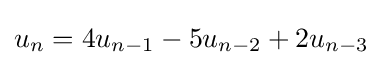
u_{n}=4u_{n-1}-5u_{n-2}+2u_{n-3}